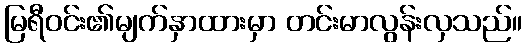
မြရီဝင်း၏မျက်နှာထားမှာ တင်းမာလွန်းလှသည်။